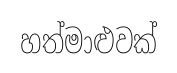
හත්මාළුවක්